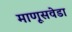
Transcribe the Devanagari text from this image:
माणूसवेडा